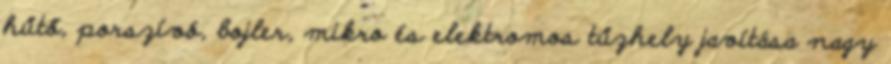
hűtő, porszívó, bojler, mikro és elektromos tűzhely javítása nagy